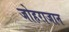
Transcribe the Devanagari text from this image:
जोहराजान